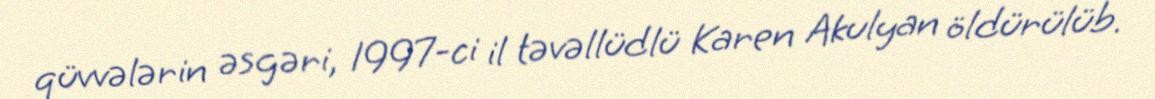
qüvvələrin əsgəri, 1997-ci il təvəllüdlü Karen Akulyan öldürülüb.